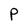
Character: P